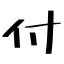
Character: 付